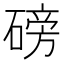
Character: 磅